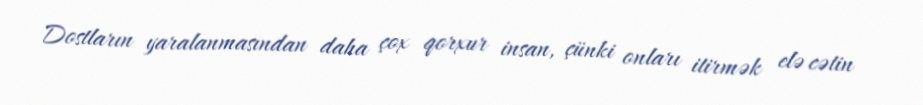
Dostların yaralanmasından daha çox qorxur insan, çünki onları itirmək elə cətin